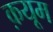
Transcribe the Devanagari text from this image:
क़यूम